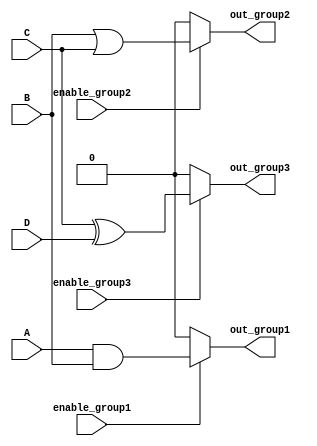
module CombLogicBlocks (
    input wire A,
    input wire B,
    input wire C,
    input wire D,
    input wire enable_group1,
    input wire enable_group2,
    input wire enable_group3,
    output wire out_group1,
    output wire out_group2,
    output wire out_group3
);

// Define group 1: A AND B
assign out_group1 = enable_group1 ? (A & B) : 1'b0;

// Define group 2: B OR C (overlaps with group 1)
assign out_group2 = enable_group2 ? (B | C) : 1'b0;

// Define group 3: C XOR D (overlaps with group 2)
assign out_group3 = enable_group3 ? (C ^ D) : 1'b0;

endmodule